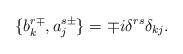
LaTeX: \begin{align*}\{b_k^{r\mp},a_j^{s\pm}\}=\mp i \delta^{rs}\delta_{kj}.\end{align*}